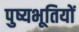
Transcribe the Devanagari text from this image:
पुष्यभूतियों